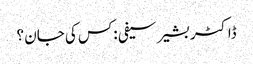
ڈاکٹر بشیر سیفی :کس کی جان ؟